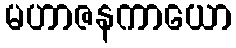
မဟာဇနကာယော